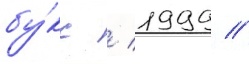
бу́кс / 1999 //